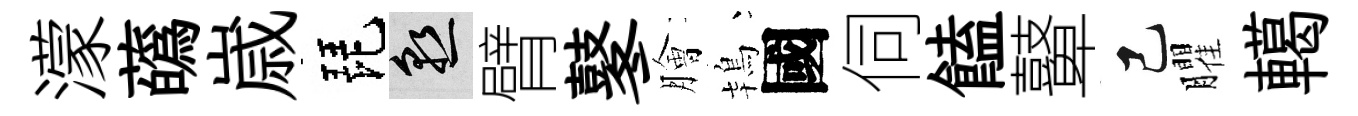
濛蘤𡻕琵熟臂鼕膾鴇國伺饁鼙己臞轕